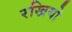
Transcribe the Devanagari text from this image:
रखियो